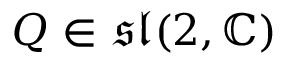
Q \in { \mathfrak { s l } } ( 2 , \mathbb { C } )